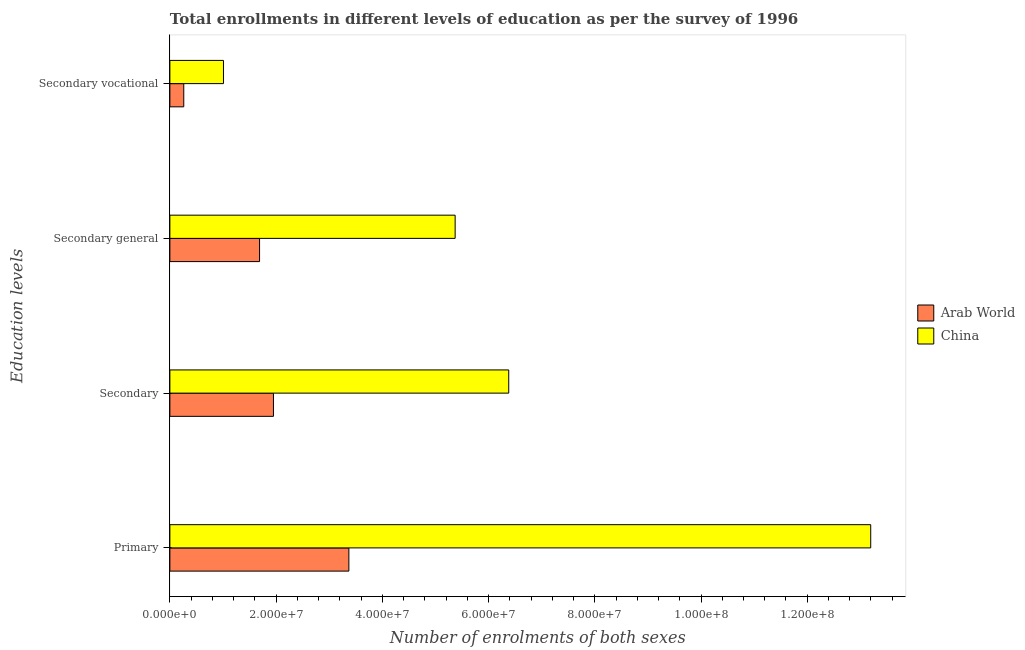
| Education levels | Arab World | China |
 | --- | --- | --- |
 | Primary | 3.37e+07 | 1.32e+08 |
 | Secondary | 1.95e+07 | 6.38e+07 |
 | Secondary general | 1.69e+07 | 5.37e+07 |
 | Secondary vocational | 2.61e+06 | 1.01e+07 |